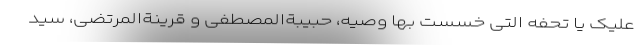
علیک یا تحفه التی خسست بها وصیه، حبیبةالمصطفی و قرینةالمرتضی، سید